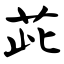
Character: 茈